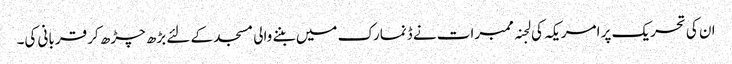
ان کی تحریک پر امریکہ کی لجنہ ممبرات نے ڈنمارک میں بننے والی مسجد کے لئے بڑھ چڑھ کر قربانی کی۔